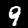
Digit: 9